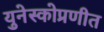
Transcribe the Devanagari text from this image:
युनेस्कोप्रणीत